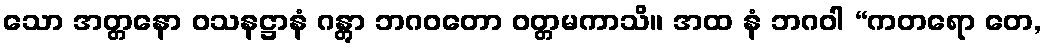
သော အတ္တနော ဝသနဋ္ဌာနံ ဂန္တွာ ဘဂဝတော ဝတ္တမကာသိ။ အထ နံ ဘဂဝါ “ကတရော တေ,